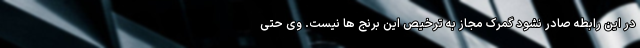
در این رابطه صادر نشود گمرک مجاز به ترخیص این برنج ها نیست. وی حتی